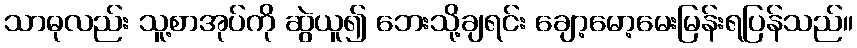
သာဓုလည်း သူ့စာအုပ်ကို ဆွဲယူ၍ ဘေးသို့ချရင်း ချော့မော့မေးမြန်းရပြန်သည်။